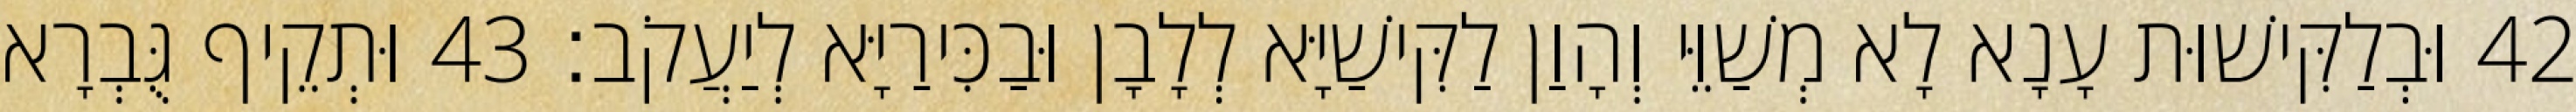
42 וּבְלַקִּישׁוּת עָנָא לָא מְשַׁוֵּי וְהָוַן לַקִּישַׁיָּא לְלָבָן וּבַכִּירַיָּא לְיַעֲקֹב׃ 43 וּתְקֵיף גֻּבְרָא